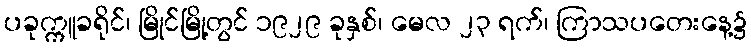
ပခုက္ကူခရိုင်၊ မြိုင်မြို့တွင် ၁၉၂၉ ခုနှစ်၊ မေလ ၂၃ ရက်၊ ကြာသပတေးနေ့၌